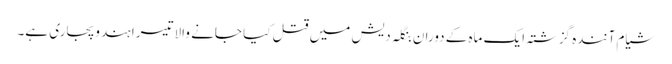
شیام آنندہ گزشتہ ایک ماہ کے دوران بنگلہ دیش میں قتل کیا جانے والا تیسرا ہندو پجاری ہے۔